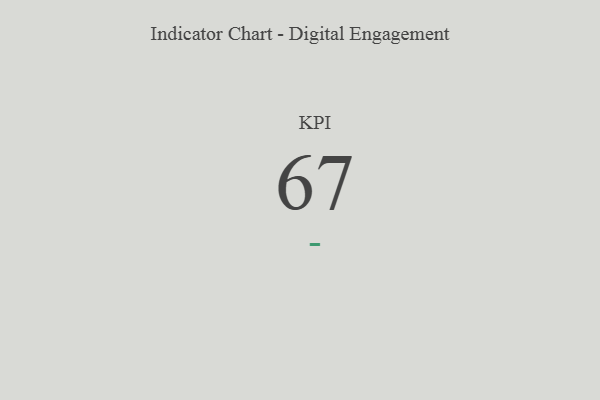
{"axis": {"x": "KPI", "y": "Value"}, "legend": [""], "data": [{"x": "KPI", "y": 67, "type": ""}]}